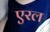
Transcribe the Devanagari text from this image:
एरल